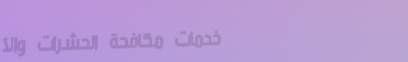
خدمات مكافحة الحشرات والآ